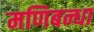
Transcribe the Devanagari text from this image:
मणिबन्धा